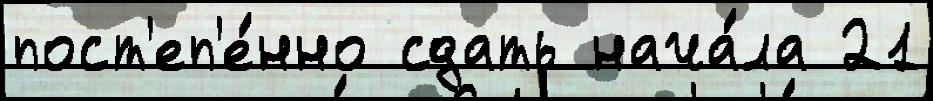
пост'еп'е́нно сдать нача́ла 21